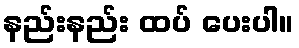
နည်းနည်း ထပ် ပေးပါ။